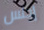
إجلس